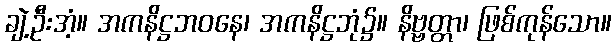
ချဲ့ဦးအံ့။ အကနိဋ္ဌဘဝနေ၊ အကနိဋ္ဌဘုံ၌။ နိဗ္ဗတ္တာ၊ ဖြစ်ကုန်သော။